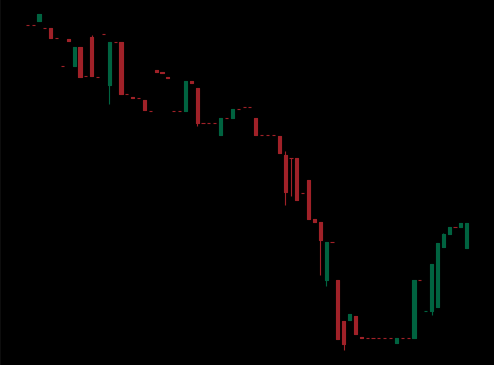
Pattern: bull_flag